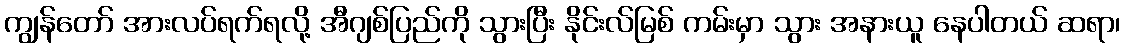
ကျွန်တော် အားလပ်ရက်ရလို့ အီဂျစ်ပြည်ကို သွားပြီး နိုင်းလ်မြစ် ကမ်းမှာ သွား အနားယူ နေပါတယ် ဆရာ၊